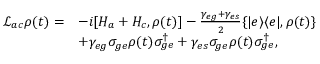
\begin{array} { r l } { \mathcal { L } _ { a c } \rho ( t ) = } & { - i [ H _ { a } + H _ { c } , \rho ( t ) ] - \frac { \gamma _ { e g } + \gamma _ { e s } } { 2 } \{ | e \rangle \langle e | , \rho ( t ) \} } \\ & { + \gamma _ { e g } \sigma _ { g e } \rho ( t ) \sigma _ { g e } ^ { \dagger } + \gamma _ { e s } \sigma _ { g e } \rho ( t ) \sigma _ { g e } ^ { \dagger } , } \end{array}